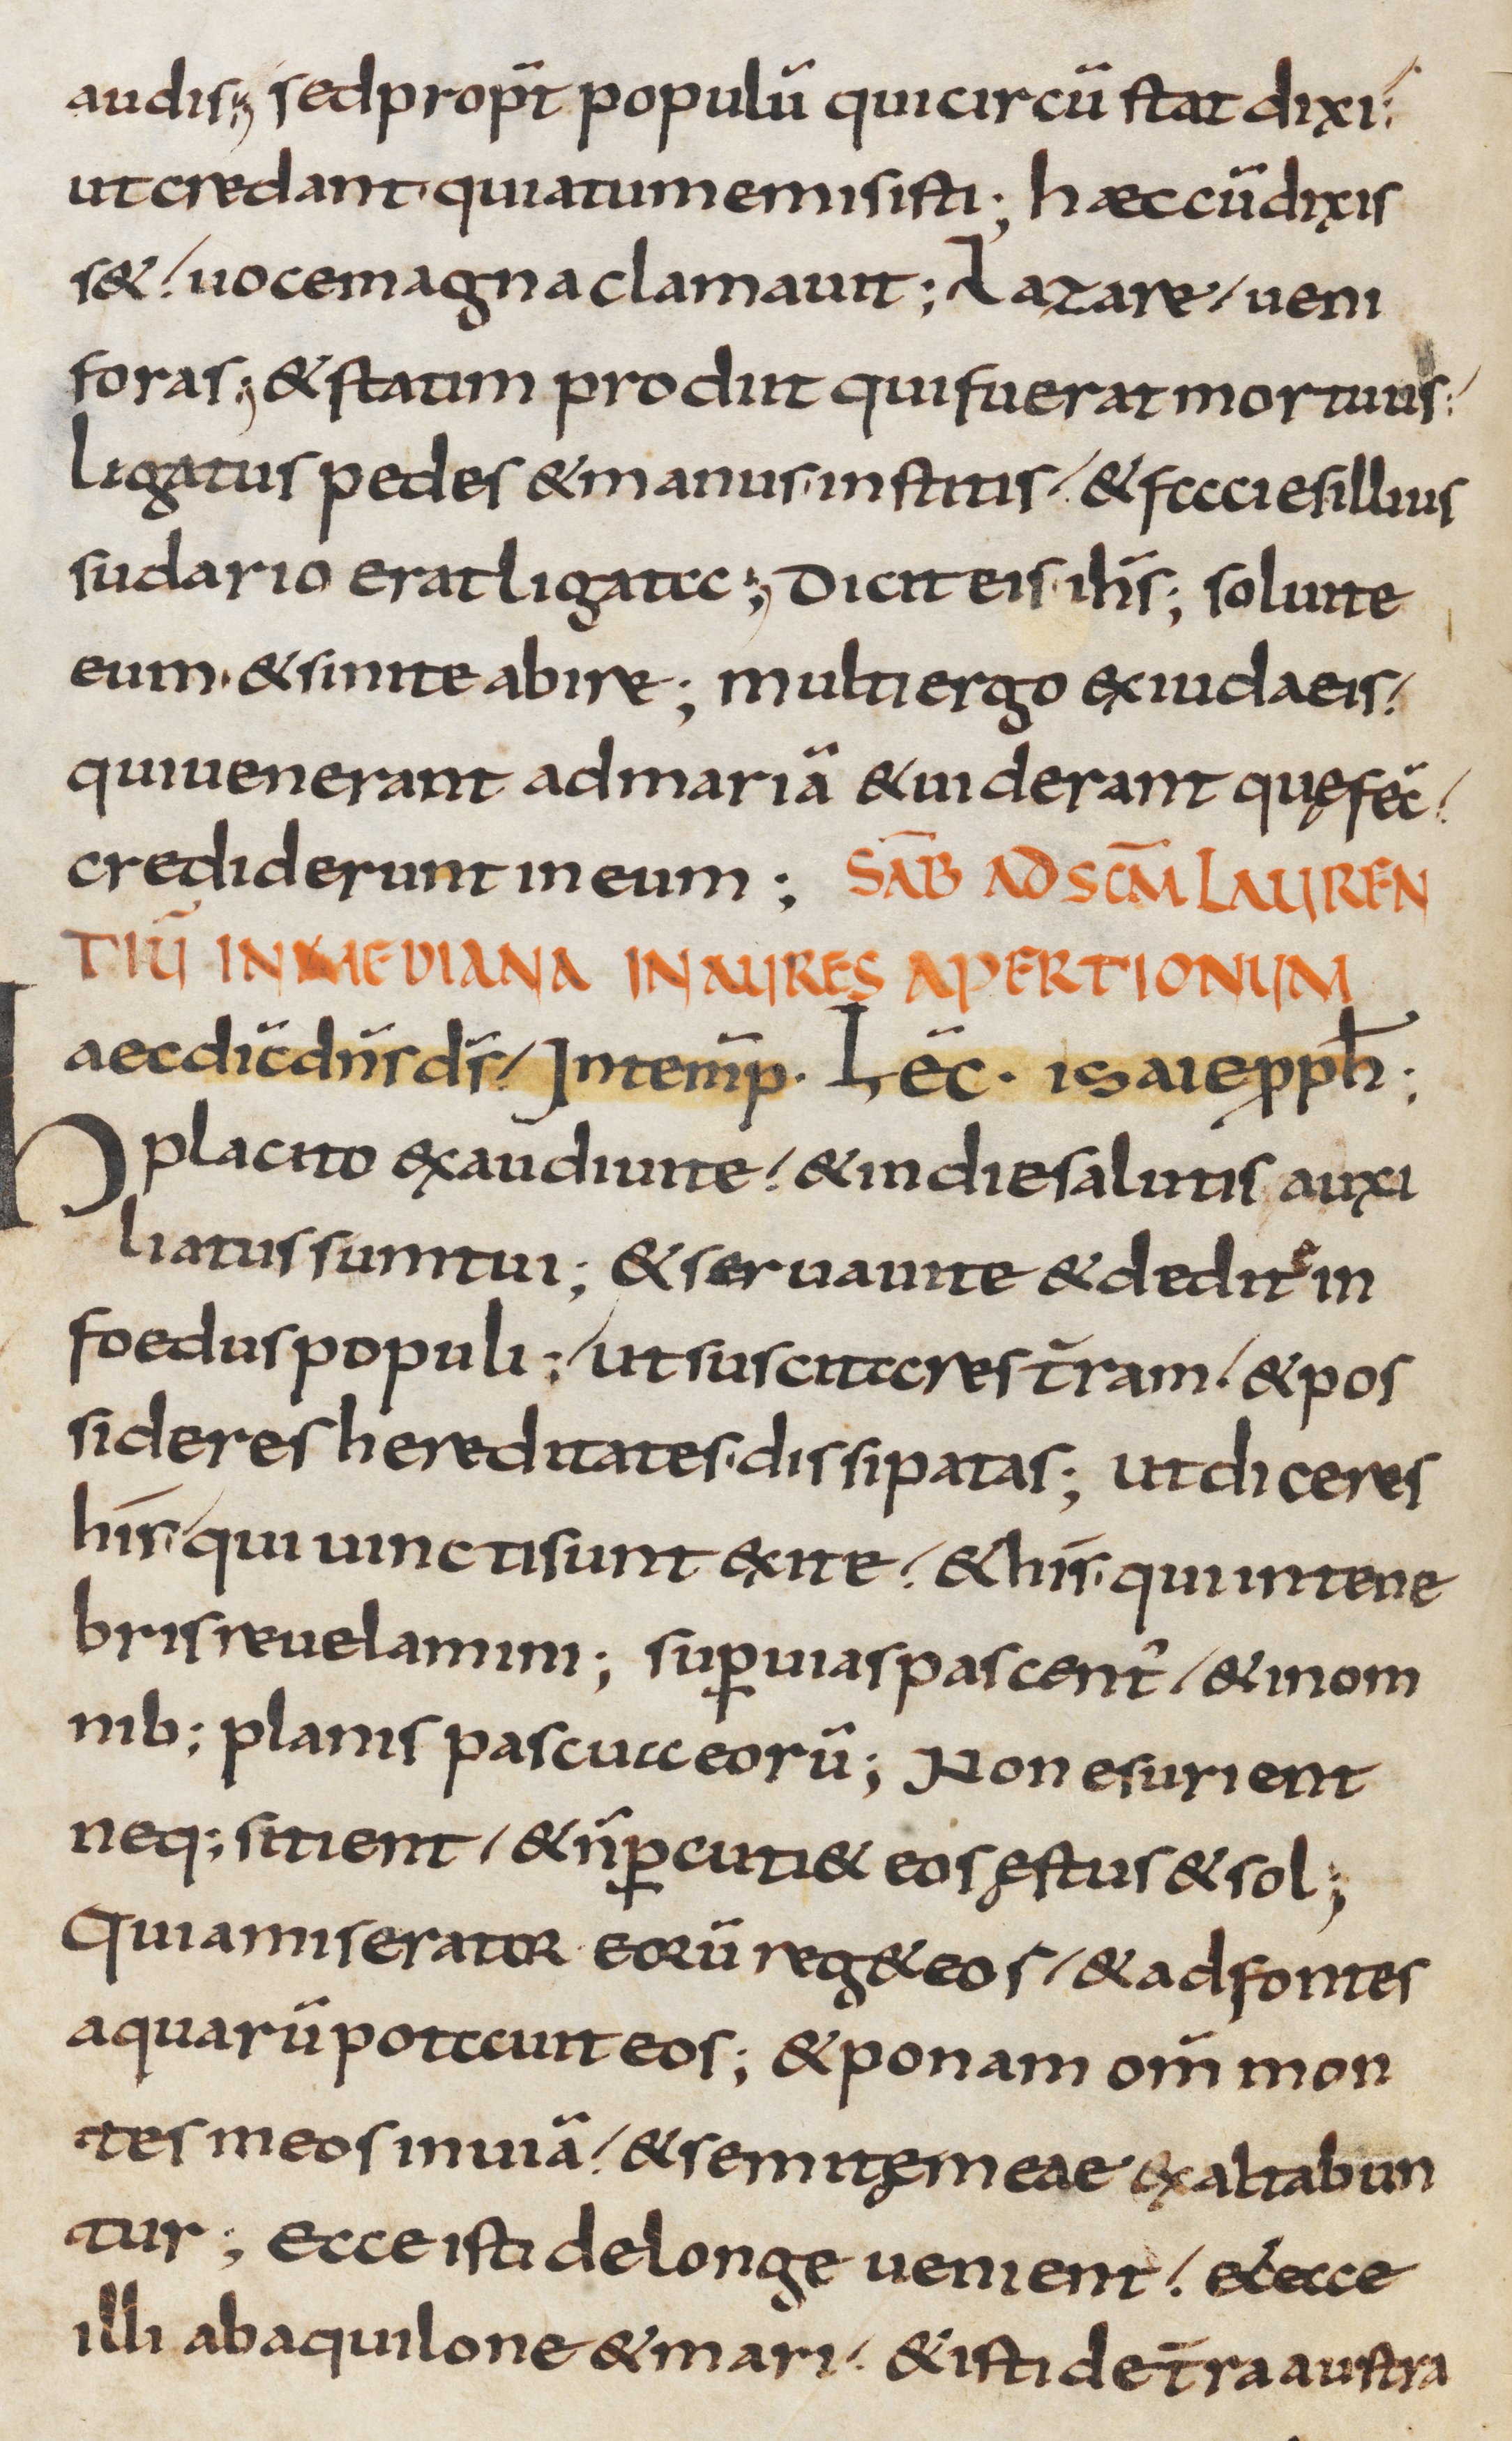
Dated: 800–830